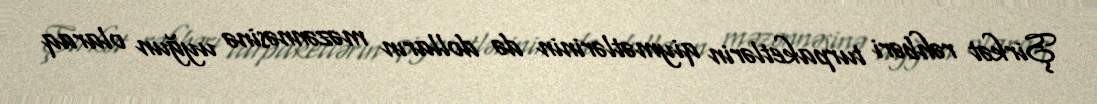
Şirkət rəhbəri turpaketlərin qiymətlərinin də dolların məzənnəsinə uyğun olaraq